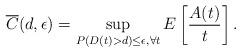
LaTeX: \begin{align*}\overline{C}{(d,\epsilon)} = \sup_{P(D(t) > d) \le \epsilon, \forall t} E\left[ \frac{A(t)}{t} \right].\end{align*}